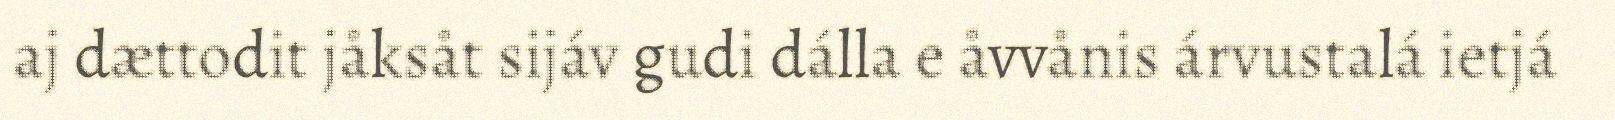
aj dættodit jåksåt sijáv gudi dálla e åvvånis árvustalá ietjá